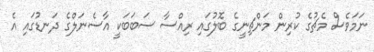
ނަމަވެސް މެޗުގެ ކުރިން މަންޗިނީގެ ބޮލުގައި ރިއްސާ ސަބަބަކީ އާސެނަލްގެ ދަނޑުގައި އެ